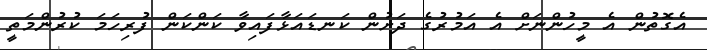
އެގޮތުން އެ މީހުންނަށް އެ އަމުރުގެ ދަށުން ކަނޑައަޅާފައިވާ ކަންކަން ފުރިހަމަ ކުރުންމަތީ